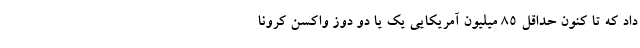
داد که تا کنون حداقل 85 میلیون آمریکایی یک یا دو دوز واکسن کرونا